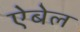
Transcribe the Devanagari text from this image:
ऐबेल